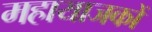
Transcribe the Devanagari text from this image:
महायाजकों